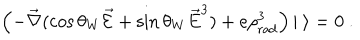
LaTeX: \left( - \vec { \nabla } ( \cos \theta _ { W } \vec { \cal E } + \sin \theta _ { W } \vec { E } ^ { 3 } ) + e \rho _ { \mathrm { r a d } } ^ { 3 } \right) | \ \rangle = 0 \ .